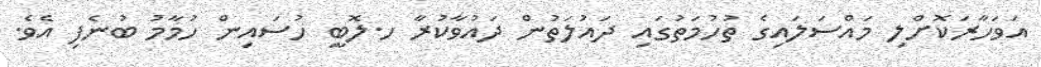
އަވަހާރަކޮށްލި މައްސަލައިގެ ތުހުމަތުގައި ދައުލަތުން ދައުވާކުރާ ހ.ލޮބީ ހުސައިން ހުމާމު ބުނެފި އެވެ.